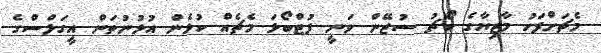
މެޗަށްފަހު މާޒިޔާގެ ކޯޗު ސުޒޭން ވަނީ ފުޓްބޯޅަ މެޗެއް ކުޅެން އުޅުނުތަން އީގަލްސްގެ